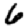
Digit: 6